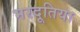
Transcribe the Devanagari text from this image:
भरदूतिया